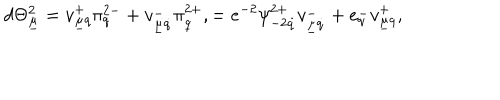
LaTeX: d \Theta _ { \underline { { \mu } } } ^ { 2 } = v _ { \underline { { \mu } } q } ^ { + } \pi _ { q } ^ { 2 - } + v _ { \underline { { \mu } } \dot { q } } ^ { - } \pi _ { \dot { q } } ^ { 2 + } , = e ^ { - 2 } \psi _ { - 2 \dot { q } } ^ { 2 + } v _ { \underline { { \mu } } \dot { q } } ^ { - } + e _ { q } ^ { - } v _ { \underline { { \mu } } q } ^ { + } ,